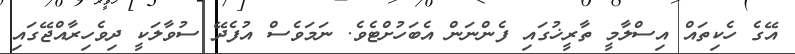
އޭގެ ހެކިތައް އިސްލާމީ ތާރީޚުގައި ފެންނަން އެބަހުށްޓެވެ. ނަމަވެސް އުފެދޭ ސުވާލަކީ ދިވެހިރާއްޖޭގައި